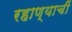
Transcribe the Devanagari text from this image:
रहाण्याचीं